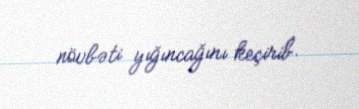
növbəti yığıncağını keçirib.